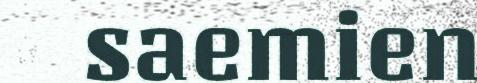
saemien